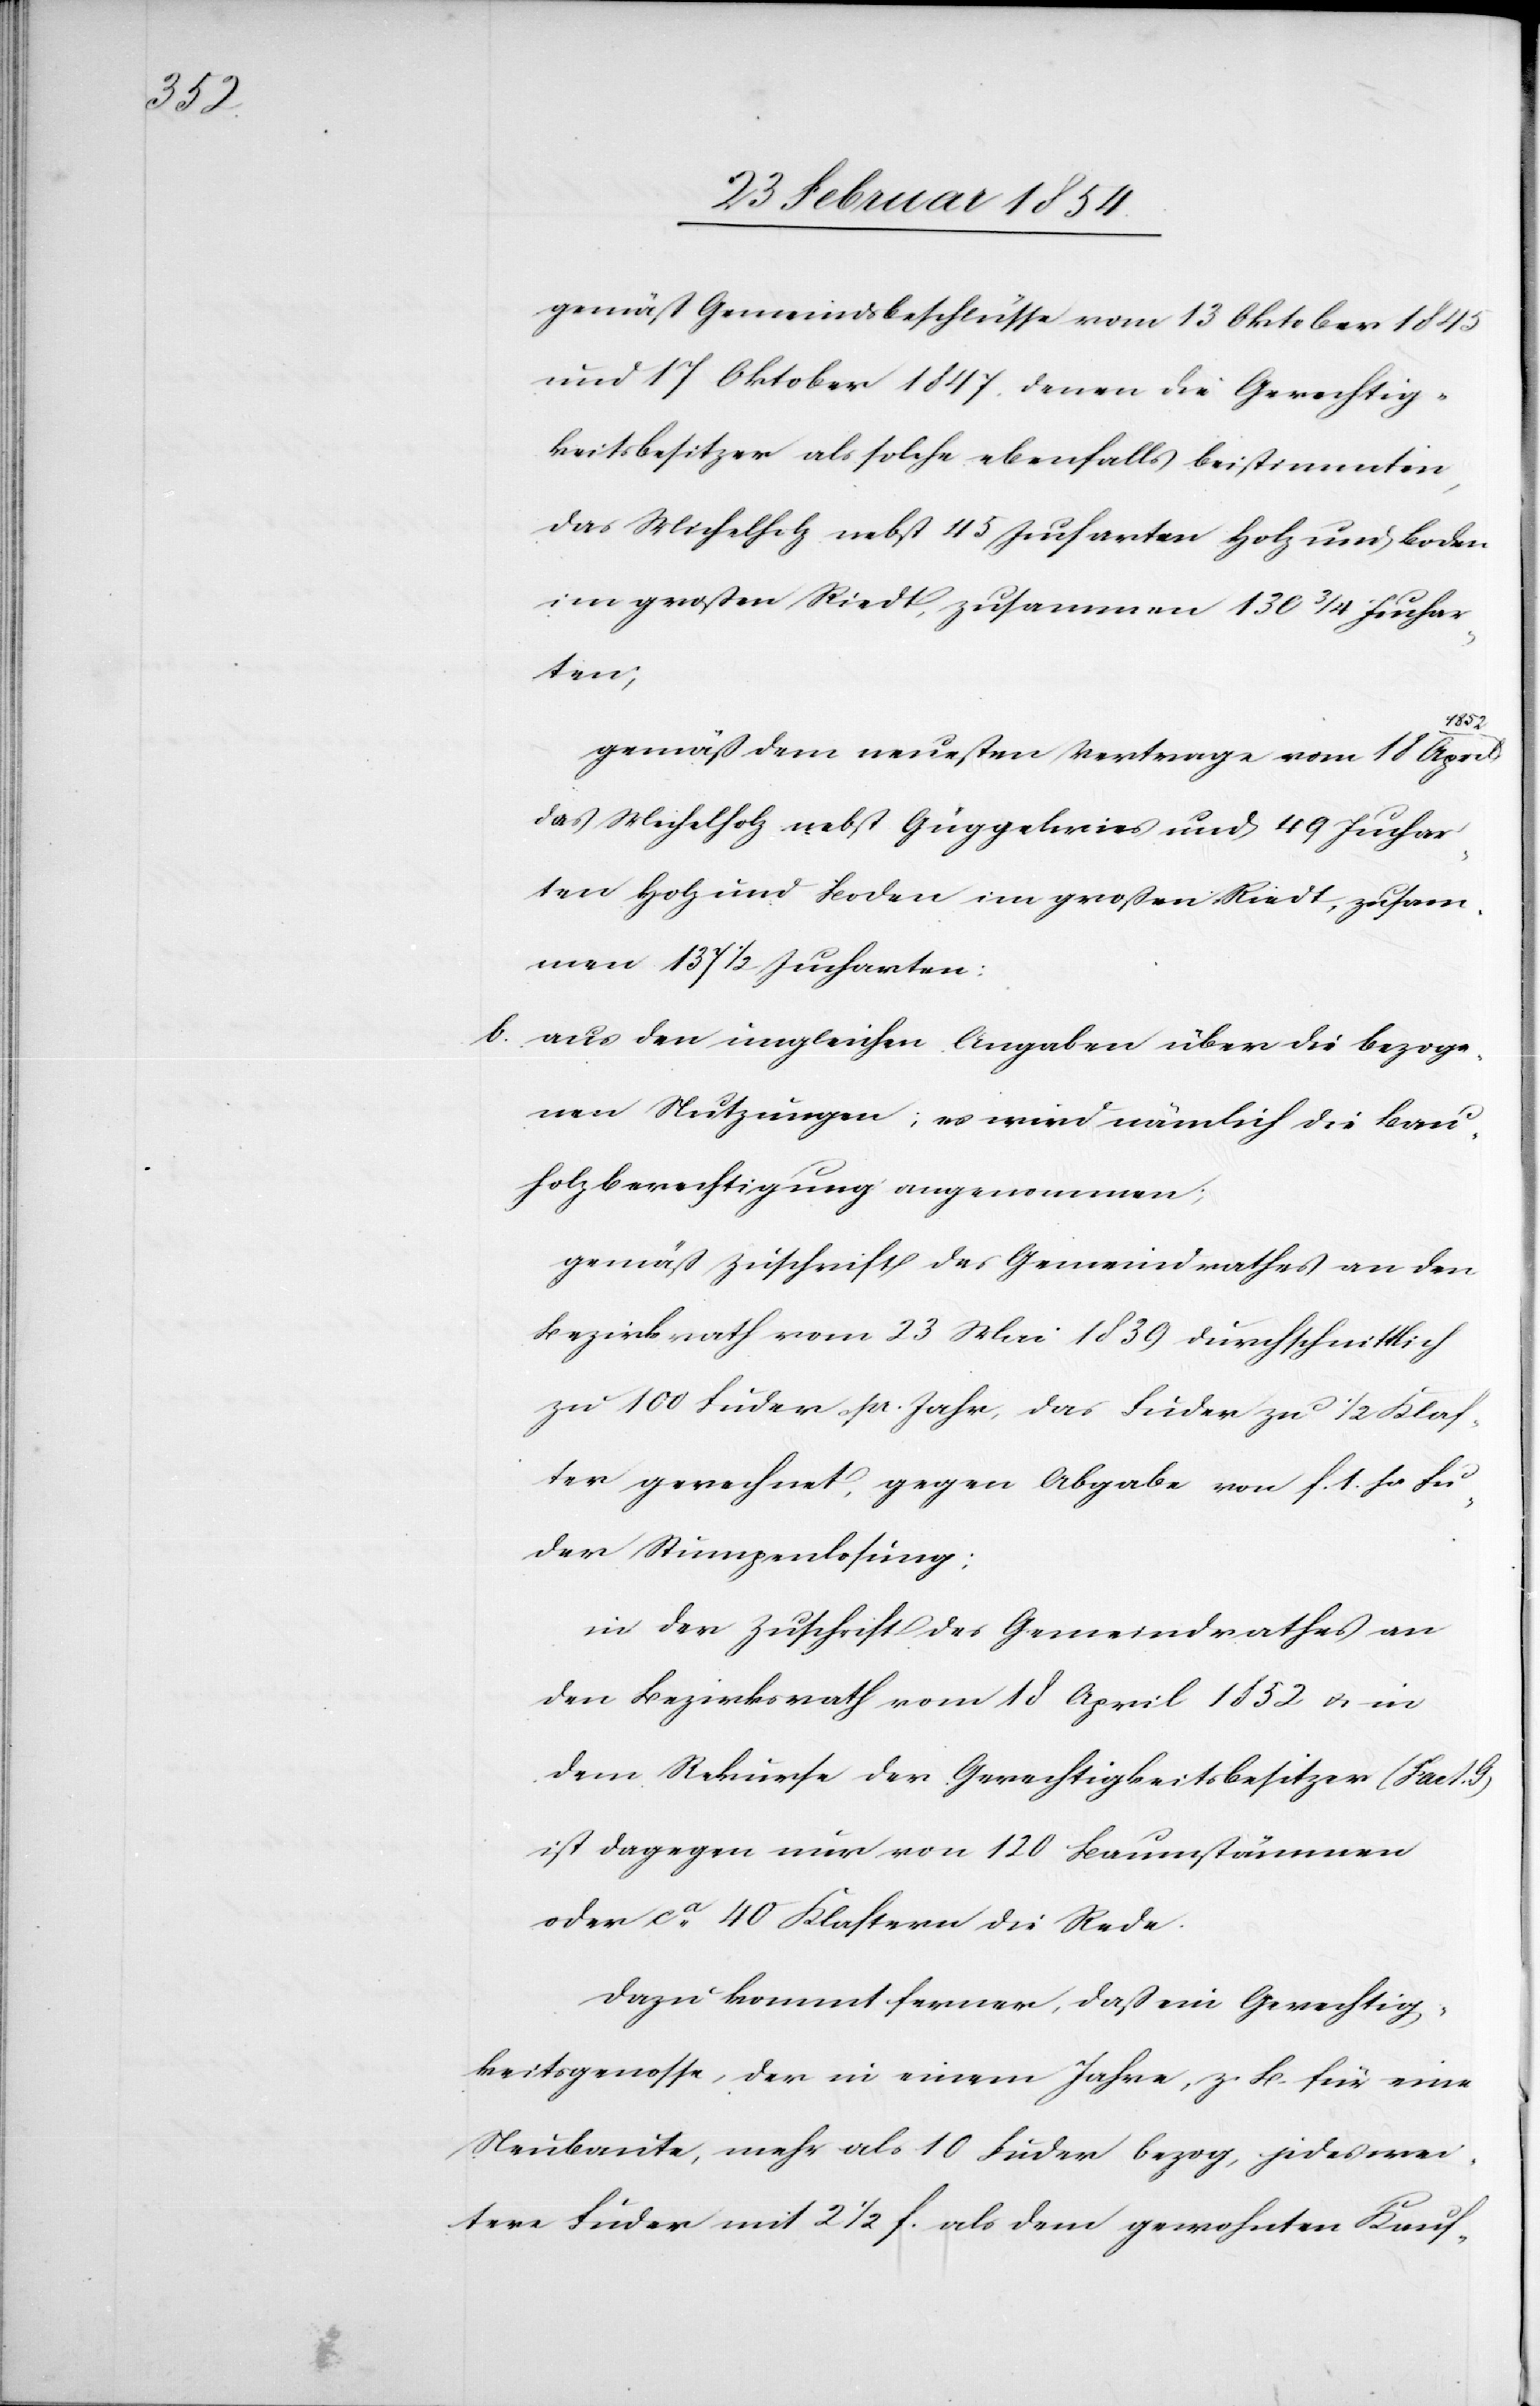
gemäß Gemeindsbeschlusse vom 13 Oktober 1845
und 17 Oktober 1847, denen die Gerechtig¬
keitsbesitzer als solche ebenfalls beistimmten,
das Michelholz nebst 45 Jucharten Holz und Boden
im großen Riedt, zusammen 130 ¾ Juchar¬
ten;
gemäß dem neuesten Vertrage vom 18 April
das Michelholz nebst Güggelwiese und 49 Juchar¬
ten Holz und Boden im großen Riedt, zusam¬
men 137 ½ Jucharten.
b. aus den ungleichen Angaben über die bezoge¬
nen Nutzungen; es wird nämlich die Bau¬
holzberechtigung angenommen;
gemäs Zuschrift des Gemeindrathes an den
Bezirksrath vom 23 Mai 1839 durchschnittlich
zu 100 Fuder pr. Jahr, das Fuder zu ½ Klas¬
ter gerechnet, gegen Abgabe von F. 1. pr Fu¬
der Stumpenlosung:
in der Zuschrift des Gemeindrathes an
den Bezirksrath vom 18 April 1852 u. in
dem Rekurse der Gerechtigkeitsbesitzer (Fact. G)
ist dagegen nur von 120. Baumstämmen
oder ca 40 Klastern die Rede.
Dazu kommt ferner, daß ein Gerechtig¬
keitsgenosse, der in einem Jahre, z. B. für eine
Neubaute, mehr als 10 Fuder bezog, jedes wei¬
tere Fuder mit 2 ½ F. als dem gewohnten Kauf-